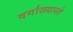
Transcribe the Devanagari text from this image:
वर्गाख्यास्ते